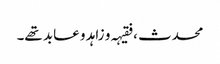
محدث ، فقیہہ و زاہد و عابد تھے۔